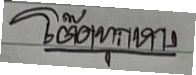
โต๊ดทุกหาง